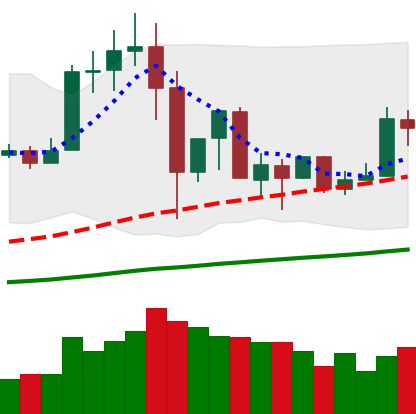
Ticker: TRX-USD
Chart end date: 2019-07-08
Forward return: -17.669%
Label: down_7plus